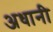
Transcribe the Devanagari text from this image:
अधानी